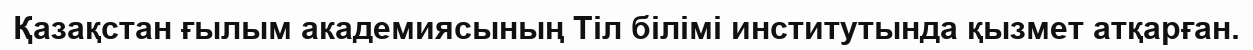
Қазақстан ғылым академиясының Тіл білімі институтында қызмет атқарған.